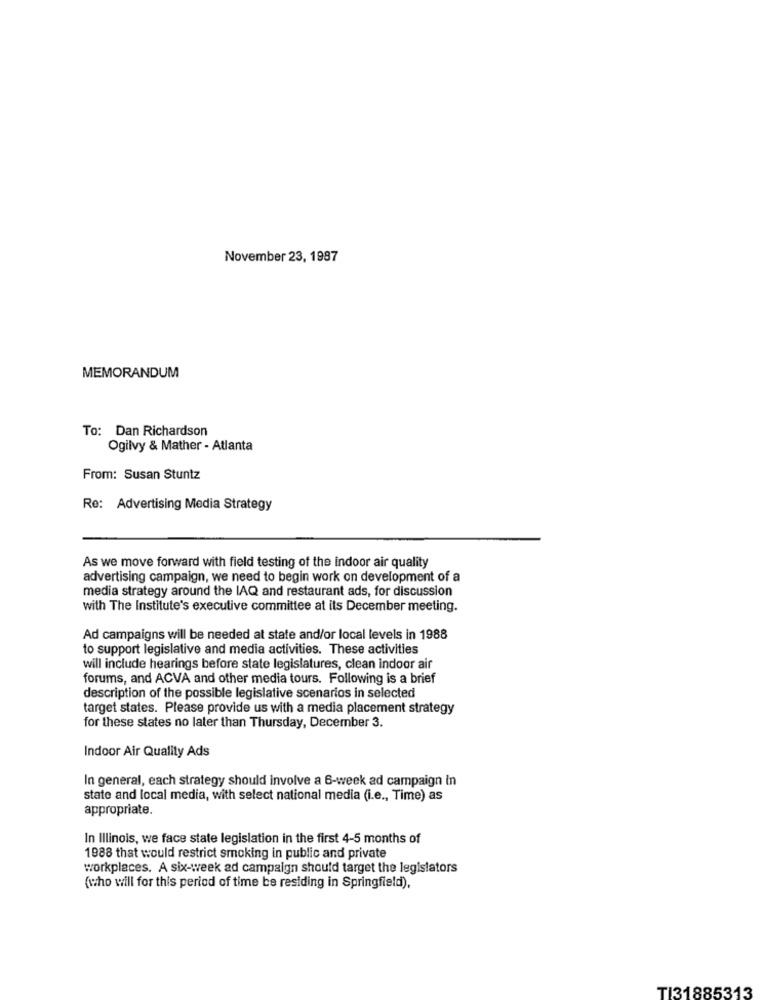
November 23, 1987
MEMORANDUM
To: Dan Richardson
Ogilvy & Mather - Atlanta
From: Susan Stuntz
Re: Advertising Media Strategy
As we move forward with field testing of the indoor air quality
advertising campaign, we need to begin work on development of a
media strategy around the IAQ and restaurant ads, for discussion
with The Institute's executive committee at its December meeting.
Ad campaigns will be needed at state and/or local levels in 1988
to support legislative and media activities. These activities
will include hearings before state legislatures, clean indoor air
forums, and ACVA and other media tours. Following is a brief
description of the possible legislative scenarios in selected
target states. Please provide us with a media placement strategy
for these states no later than Thursday, December 3.
Indoor Air Quality Ads
In general, each strategy should involve a 6-week ad campaign in
state and local media, with select national media (i.e ., Time) as
appropriate.
In Illinois, we face state legislation in the first 4-5 months of
1988 that would restrict smoking in public and private
workplaces. A six-week ad campaign should target the legislators
(who will for this period of time be residing in Springfield),
TI31885313